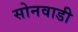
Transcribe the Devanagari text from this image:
सोनवाडी